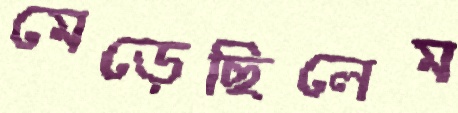
মেড়েছিলেম